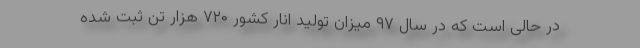
در حالی است که در سال ۹۷ میزان تولید انار کشور ۷۲۰ هزار تن ثبت شده